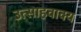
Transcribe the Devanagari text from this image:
उत्साहवाक्य